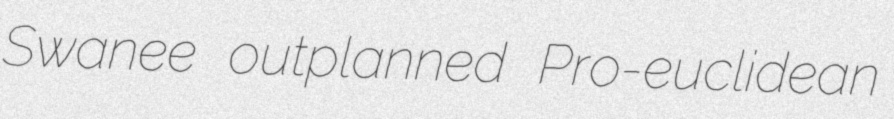
Swanee outplanned Pro-euclidean